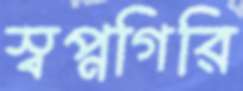
স্বপ্নগিরি